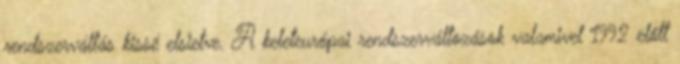
rendszerváltás kissé elsietve. A keleteurópai rendszerváltozások valamivel 1992 előtt